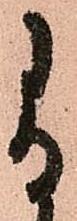
尚